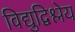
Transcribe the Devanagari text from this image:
विद्युद्विश्लेय